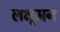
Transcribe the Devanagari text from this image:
लक्षूमन